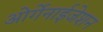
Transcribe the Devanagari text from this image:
ओर्गेनाईजेशन